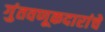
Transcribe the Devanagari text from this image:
गुंतवणूकदारांचे